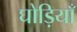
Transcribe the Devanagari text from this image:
घोड़ियाँ